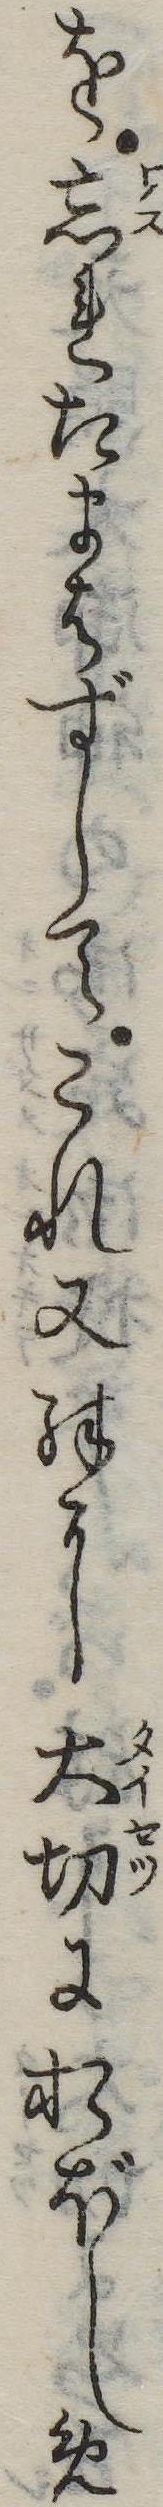
を忘れたまはずしてこれ又殊に大切におぼしめ